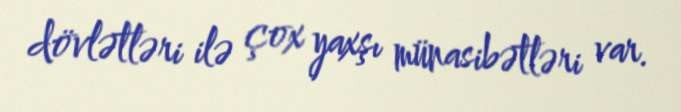
dövlətləri ilə çox yaxşı münasibətləri var.